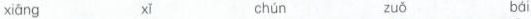
xiāng xǐ chún zuǒ bái